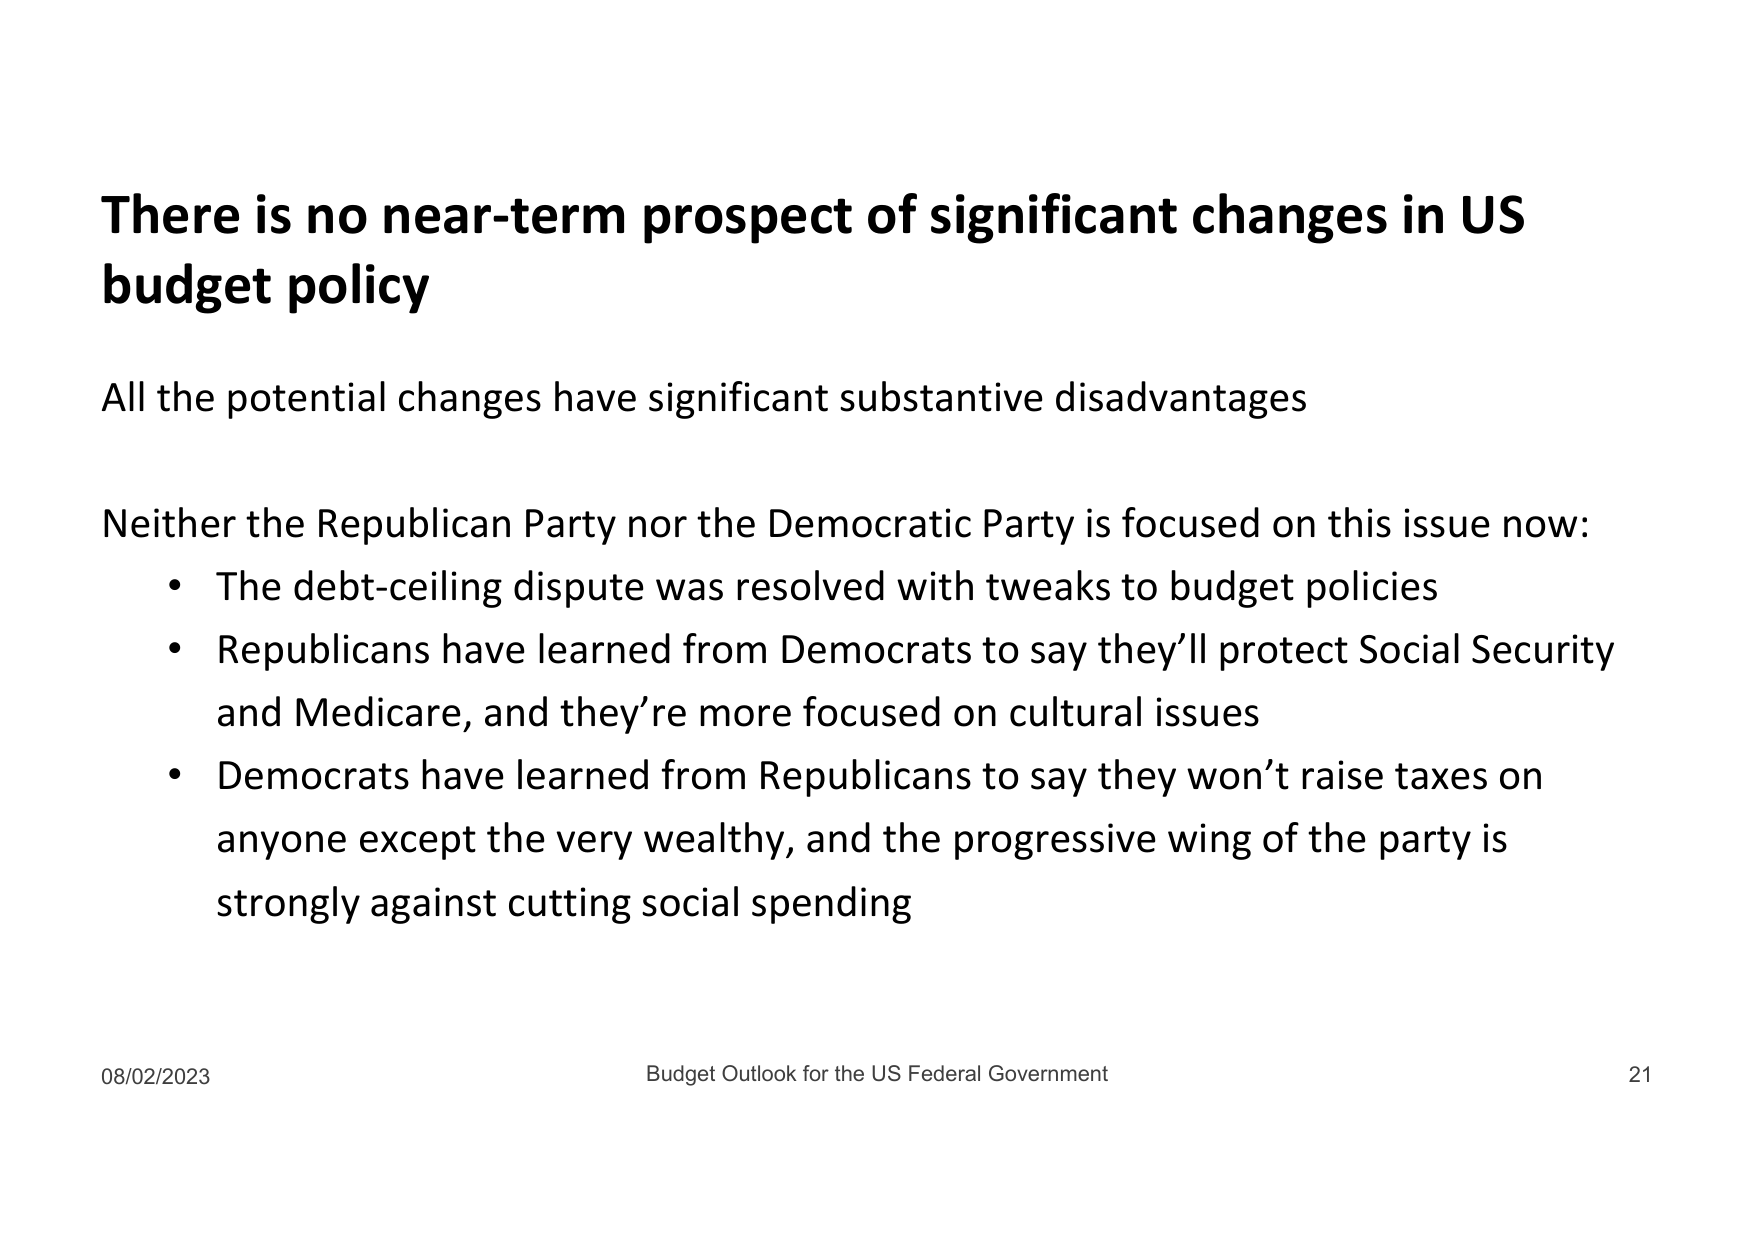
There is no near-term prospect of significant changes in US budget policy

All the potential changes have significant substantive disadvantages

Neither the Republican Party nor the Democratic Party is focused on this issue now:
• The debt-ceiling dispute was resolved with tweaks to budget policies
• Republicans have learned from Democrats to say they’ll protect Social Security and Medicare, and they’re more focused on cultural issues
• Democrats have learned from Republicans to say they won’t raise taxes on anyone except the very wealthy, and the progressive wing of the party is strongly against cutting social spending

08/02/2023 Budget Outlook for the US Federal Government 21